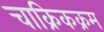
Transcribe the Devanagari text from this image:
चाक्रिकक्रम